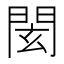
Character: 𨴋